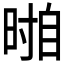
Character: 𱢐